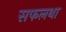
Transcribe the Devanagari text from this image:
सफलथा